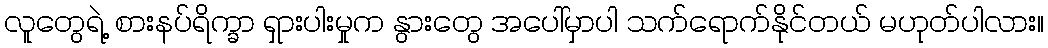
လူတွေရဲ့ စားနပ်ရိက္ခာ ရှားပါးမှုက နွားတွေ အပေါ်မှာပါ သက်ရောက်နိုင်တယ် မဟုတ်ပါလား။